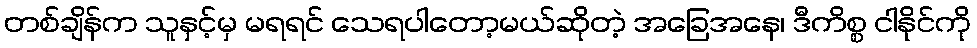
တစ်ချိန်က သူနှင့်မှ မရရင် သေရပါတော့မယ်ဆိုတဲ့ အခြေအနေ၊ ဒီကိစ္စ ငါနိုင်ကို